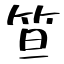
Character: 笪